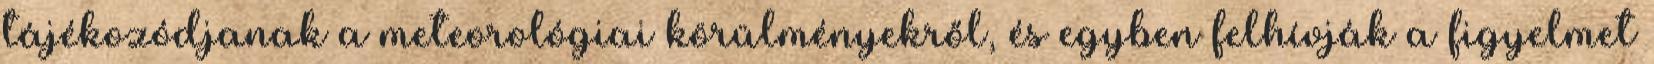
tájékozódjanak a meteorológiai körülményekről, és egyben felhívják a figyelmet